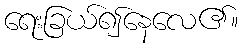
ရေးခြယ်၍နေလေ၏။